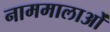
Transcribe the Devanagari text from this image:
नाममालाओं